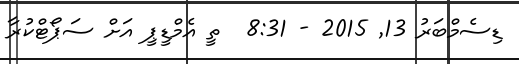
ޑިސެމްބަރު 13